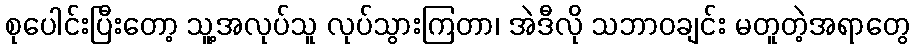
စုပေါင်းပြီးတော့ သူ့အလုပ်သူ လုပ်သွားကြတာ၊ အဲဒီလို သဘာဝချင်း မတူတဲ့အရာတွေ